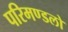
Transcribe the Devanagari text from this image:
परिमण्डलो